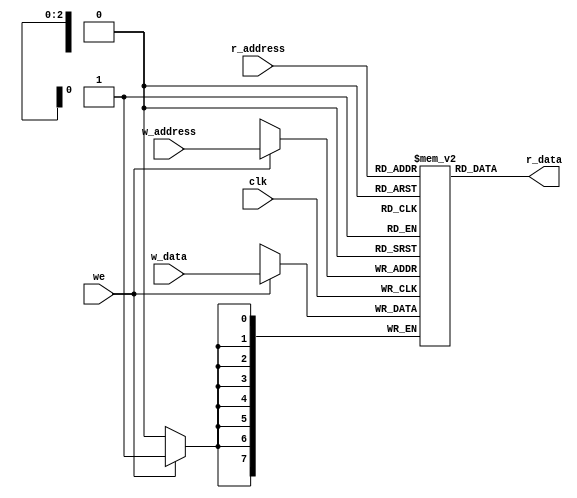
module register_file
    #(  parameter W_ADDR = 3,
                  W_DATA = 8
     )
    (
        input   clk,
        input   we,                       // write enable
        input   [W_ADDR-1:0] w_address,   // write address
        input   [W_ADDR-1:0] r_address,   // read address
        input   [W_DATA-1:0] w_data,      // reg'e yazlacak data 
        output  [W_DATA-1:0] r_data       // reg'den okunacak data    
    );
    
    reg [W_DATA-1:0] reg_file [2**W_ADDR-1:0];  // register file' burada oluturuyoruz. Adres iin 3 bit kullandm
                                                //data ve adres uyumlu olmal, 3 adres bitiyle 8 dataya iaret edebilirim
                                                //burada da 8x8 bir matris oluuyor, her register 8 bit, 8 adet register var
    
    always @(posedge clk)
        if(we)  // write enable olduu durumda verilen data ilgili adrese yazlyor
            reg_file[w_address] <= w_data;
            
    assign r_data = reg_file[r_address];
    
endmodule